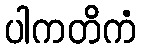
ပါကတိကံ